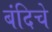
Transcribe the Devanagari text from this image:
बंदिचे